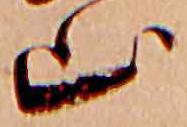
山